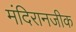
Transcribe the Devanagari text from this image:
मंदिरानजीक